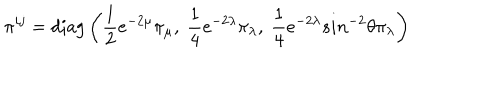
\pi ^ { i j } = \mathrm { d i a g } \left( \frac { 1 } { 2 } e ^ { - 2 \mu } \pi _ { \mu } , ~ \frac { 1 } { 4 } e ^ { - 2 \lambda } \pi _ { \lambda } , ~ \frac { 1 } { 4 } e ^ { - 2 \lambda } s i n ^ { - 2 } \theta \pi _ { \lambda } \right)